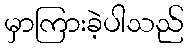
မှာကြားခဲ့ပါသည်